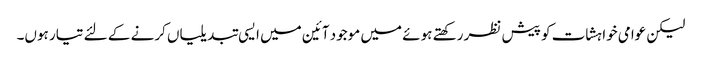
لیکن عوامی خواہشات کو پیش نظر رکھتے ہوئے میں موجود آئین میں ایسی تبدیلیاں کرنے کے لئے تیار ہوں۔